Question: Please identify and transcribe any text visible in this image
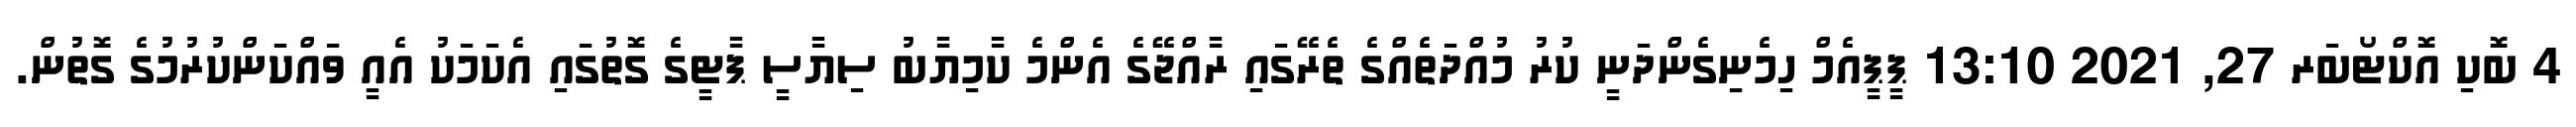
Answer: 4 ބޮކި އޮކްޓޯބަރ 27, 2021 13:10 ޕީޕީއެމް ހިމެނިގެންދަނީ ކުރު މުއްދަތެއްގެ ތެރޭގައި ރާއްޖޭގެ އެންމެ ކާމިޔާބު ސިޔާސީ ޕާޓީގެ ގޮތުގައި އެކަމަކު އެއީ ވައްކަންކުރުމުގެ ގޮތުން.